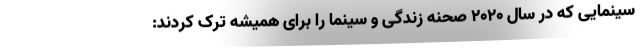
سینمایی که در سال ۲۰۲۰ صحنه زندگی و سینما را برای همیشه ترک کردند: